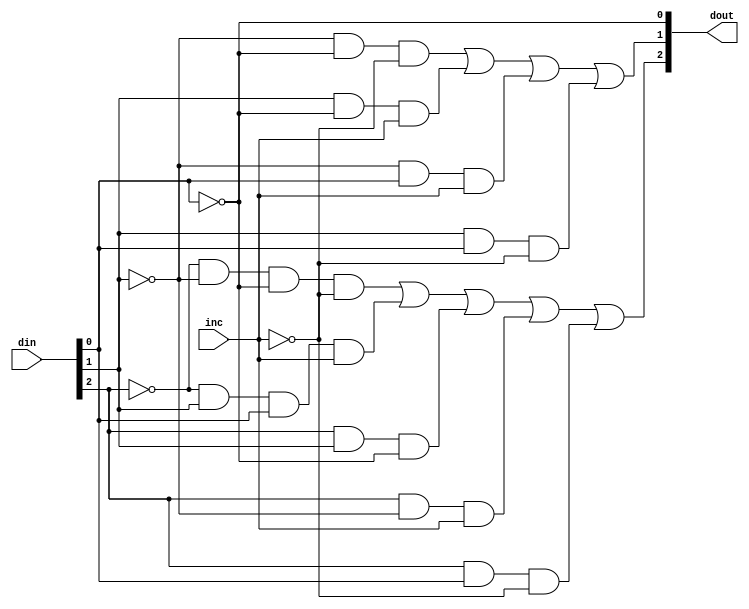
module sparc_exu_rml_inc3 (/*AUTOARG*/
   // Outputs
   dout, 
   // Inputs
   din, inc
   ) ;
   input [2:0] din;
   input       inc;
   output [2:0] dout;

   assign       dout[2] = ((~din[2] & ~din[1] & ~din[0] & ~inc) |
                           (~din[2] & din[1] & din[0] & inc) |
                           (din[2] & din[1] & ~din[0]) |
                           (din[2] & ~din[1] & inc) |
                           (din[2] & din[0] & ~inc));
   assign dout[1] = ((~din[1] & ~din[0] & ~inc) |
                     (din[1] & ~din[0] & inc) |
                     (~din[1] & din[0] & inc) |
                     (din[1] & din[0] & ~inc));
   assign dout[0] = ~din[0];
   
endmodule